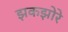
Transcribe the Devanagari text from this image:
झकझोरे